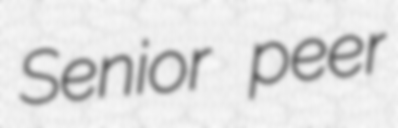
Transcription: Senior peer